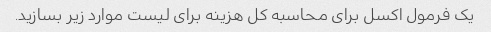
یک فرمول اکسل برای محاسبه کل هزینه برای لیست موارد زیر بسازید.